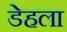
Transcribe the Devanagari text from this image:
डेहला